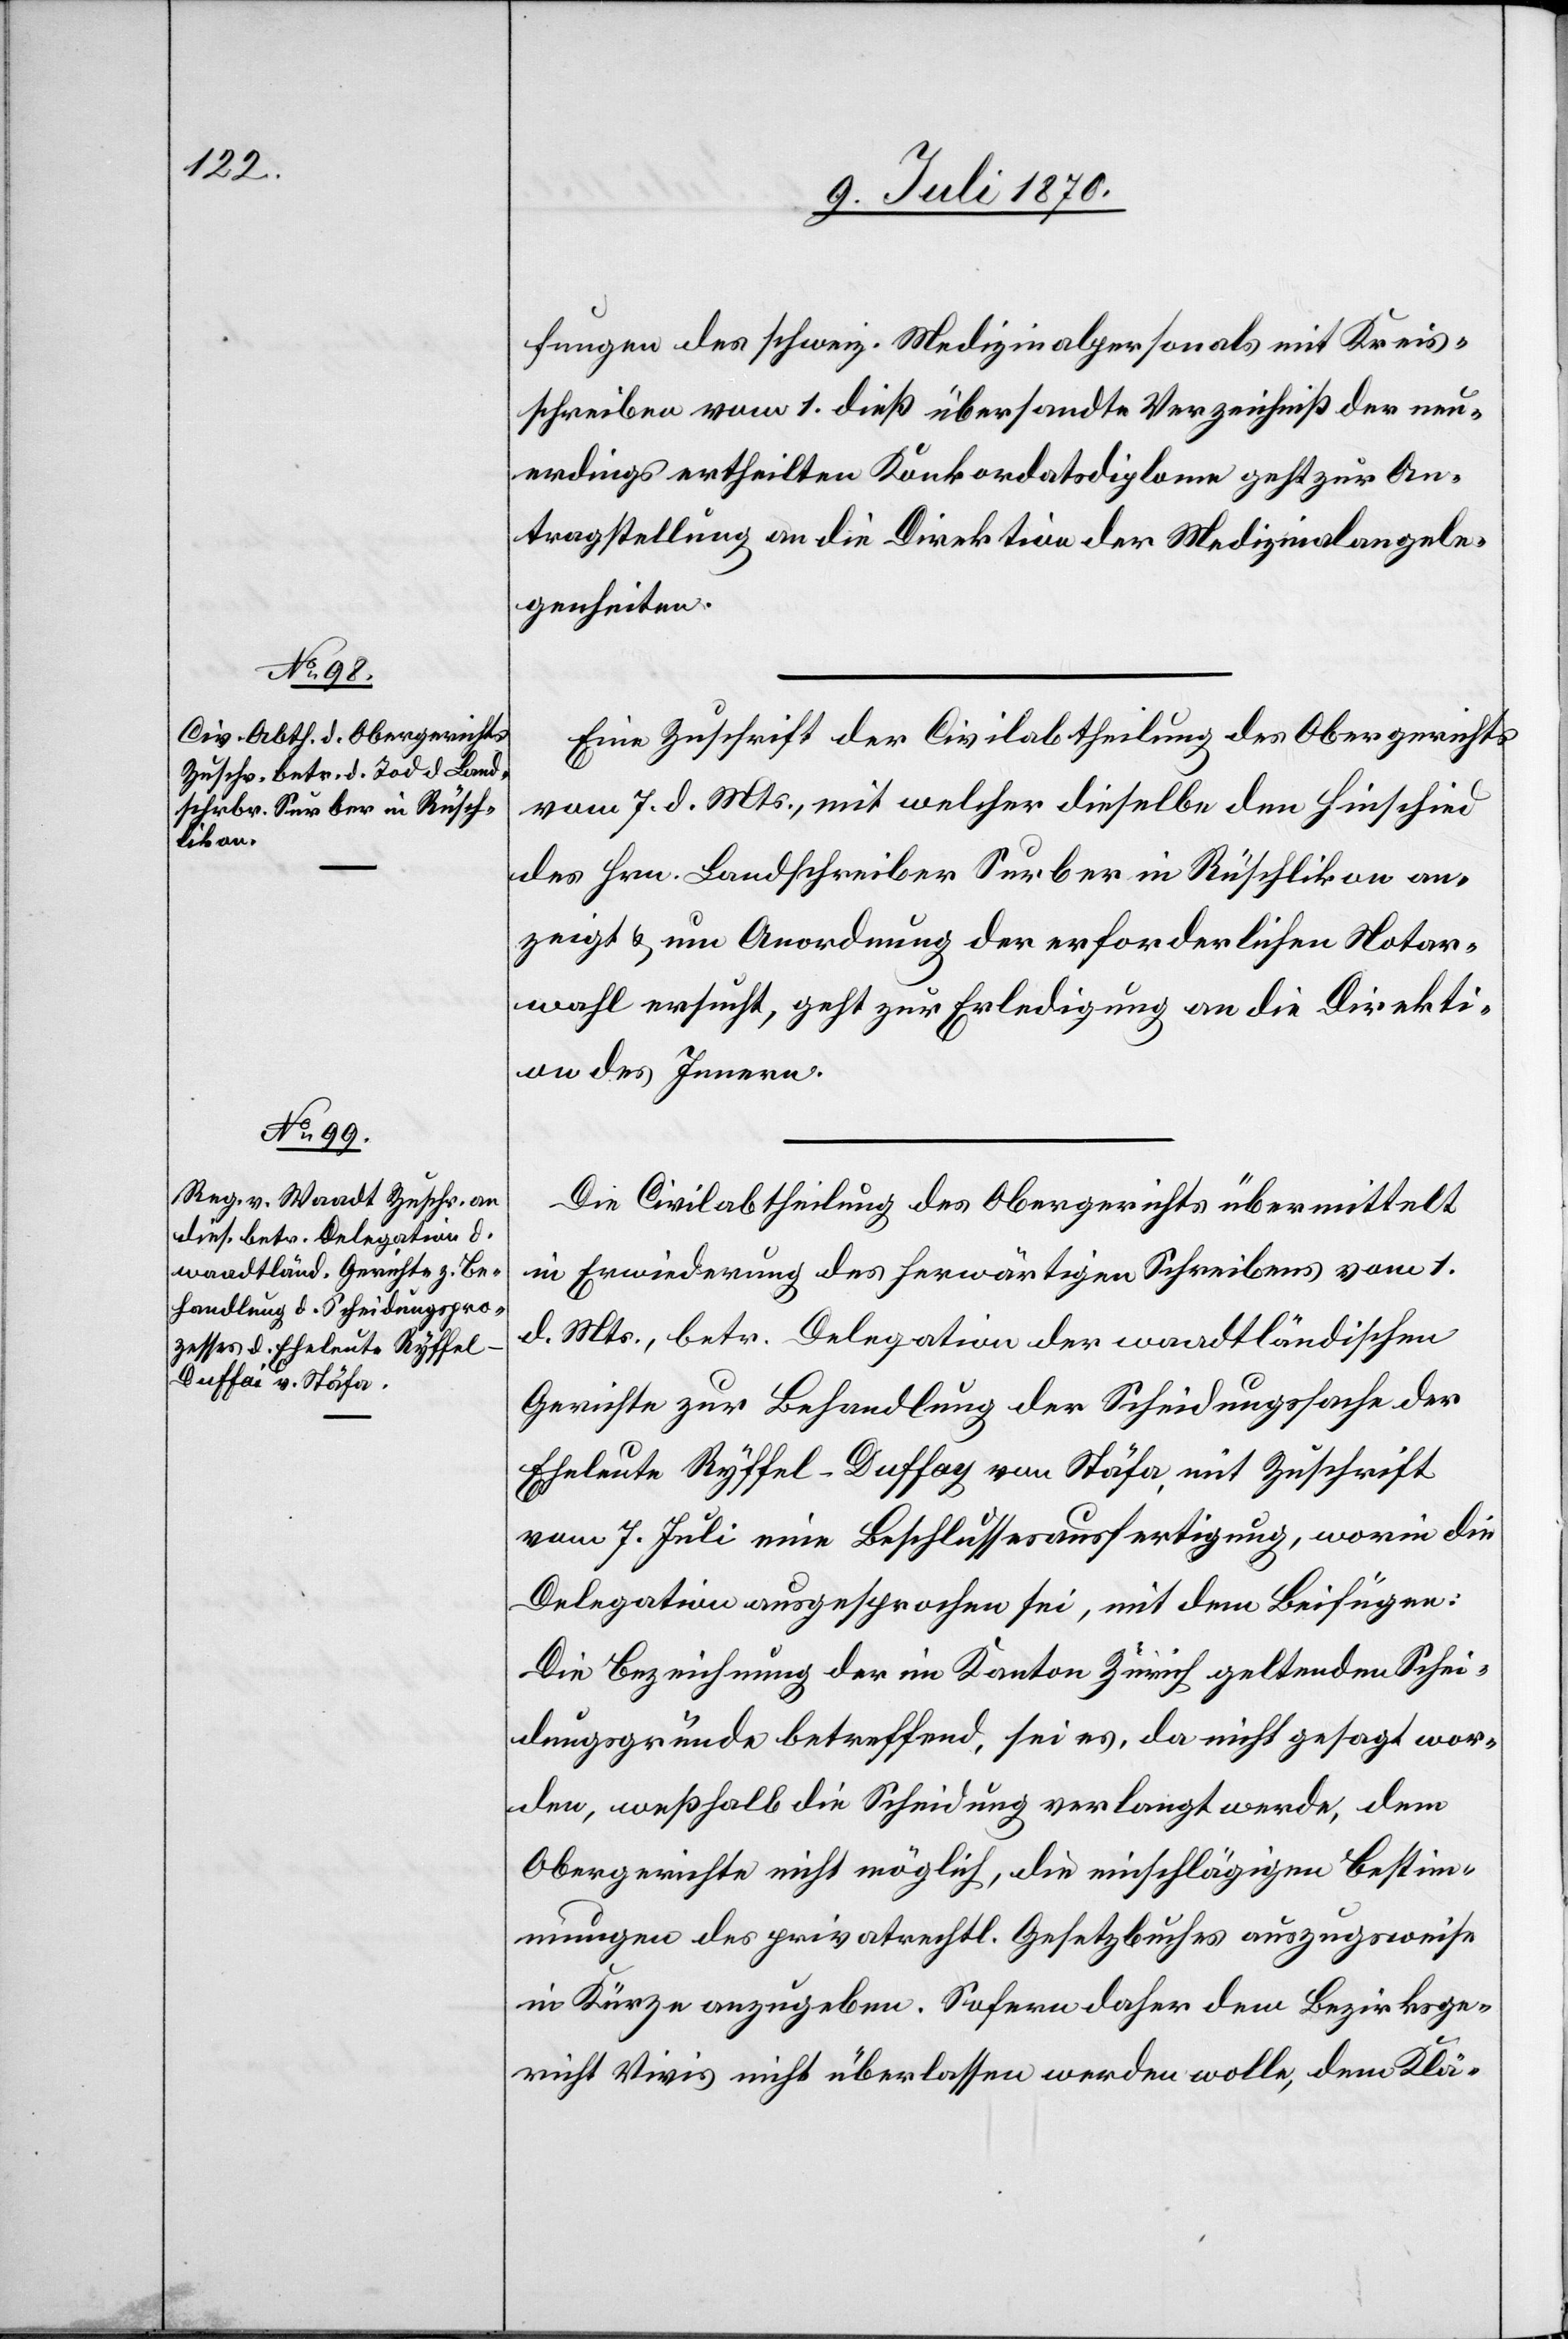
11. Juli 1870.]
fungen des schweiz. Medizinalpersonals mit Kreis¬
schreiben vom 1. dieß übersandte Verzeichniß der neu¬
erdings ertheilten Konkordatsdiplome geht zur An¬
tragstellung an die Direktion der Medizinalangele¬
genheiten.
Eine Zuschrift der Civilabtheilung des Obergerichtes
vom 7. d. Mts., mit welcher dieselbe den Hinschied
des Hrn. Landschreiber Surber in Rüschlikon an¬
zeigt & um Anordnung der erforderlichen Notar¬
wahl ersucht, geht zur Erledigung an die Direkti¬
on des Innern.
Die Civilabtheilung des Obergerichts übermittelt
in Erwiederung des herwärtigen Schreibens vom 1.
d. Mts., betr. Delegation der waadtländischen
Gerichte zur Behandlung der Scheidungssache der
Eheleute Ryffel-Duffay von Stäfa, mit Zuschrift
vom 7. Juli eine Beschlussesausfertigung, worin die
Delegation ausgesprochen sei, mit dem Beifügen:
Die Bezeichnung der im Kanton Zürich geltenden Schei¬
dungsgründe betreffend, sei es, da nicht gesagt wor¬
den, weßhalb die Scheidung verlangt werde, dem
Obergerichte nicht möglich, die einschlägigen Bestim¬
mungen des privatrechtl. Gesetzbuches auszugsweise
in Kürze anzugeben. Sofern daher dem Bezirksge¬
richt Vivis nicht überlassen werden wolle, dem Klä-